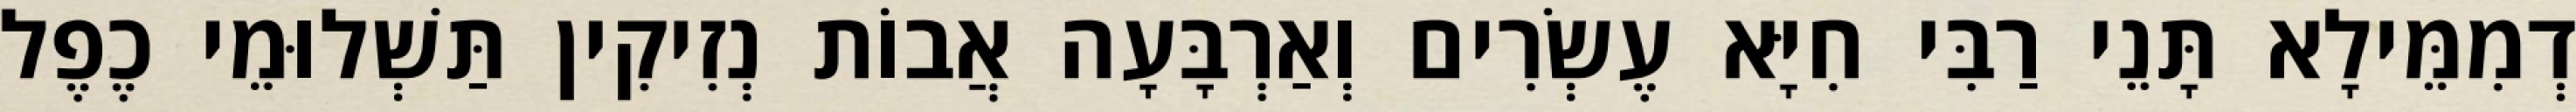
דְמִמֵּילָא תָּנֵי רַבִּי חִיָּא עֶשְׂרִים וְאַרְבָּעָה אֲבוֹת נְזִיקִין תַּשְׁלוּמֵי כֶפֶל